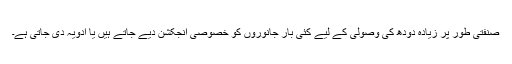
صنفتی طور پر زیادہ دودھ کی وصولی کے لیے کئی بار جانوروں کو خصوصی انجکشن دیے جاتے ہیں یا ادویہ دی جاتی ہے۔